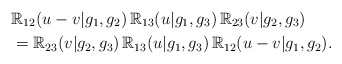
\begin{align*}&\mathbb{R}_{12}(u-v|g_1,g_2) \,\mathbb{R}_{13}(u|g_1,g_3) \,\mathbb{R}_{23}(v|g_2,g_3) \\ &=\mathbb{R}_{23}(v|g_2,g_3) \,\mathbb{R}_{13}(u|g_1,g_3)\, \mathbb{R}_{12}(u-v|g_1,g_2).\end{align*}